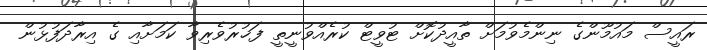
ރައީސް މައުމޫންގެ ނިންމެވުމަށް ތާއީދުކޮށް ޓުވީޓް ކުރެއްވުނީތީ ފަޚުރުވެރިވާ ކަމަށާއި ގެ އިރާދަފުޅުން